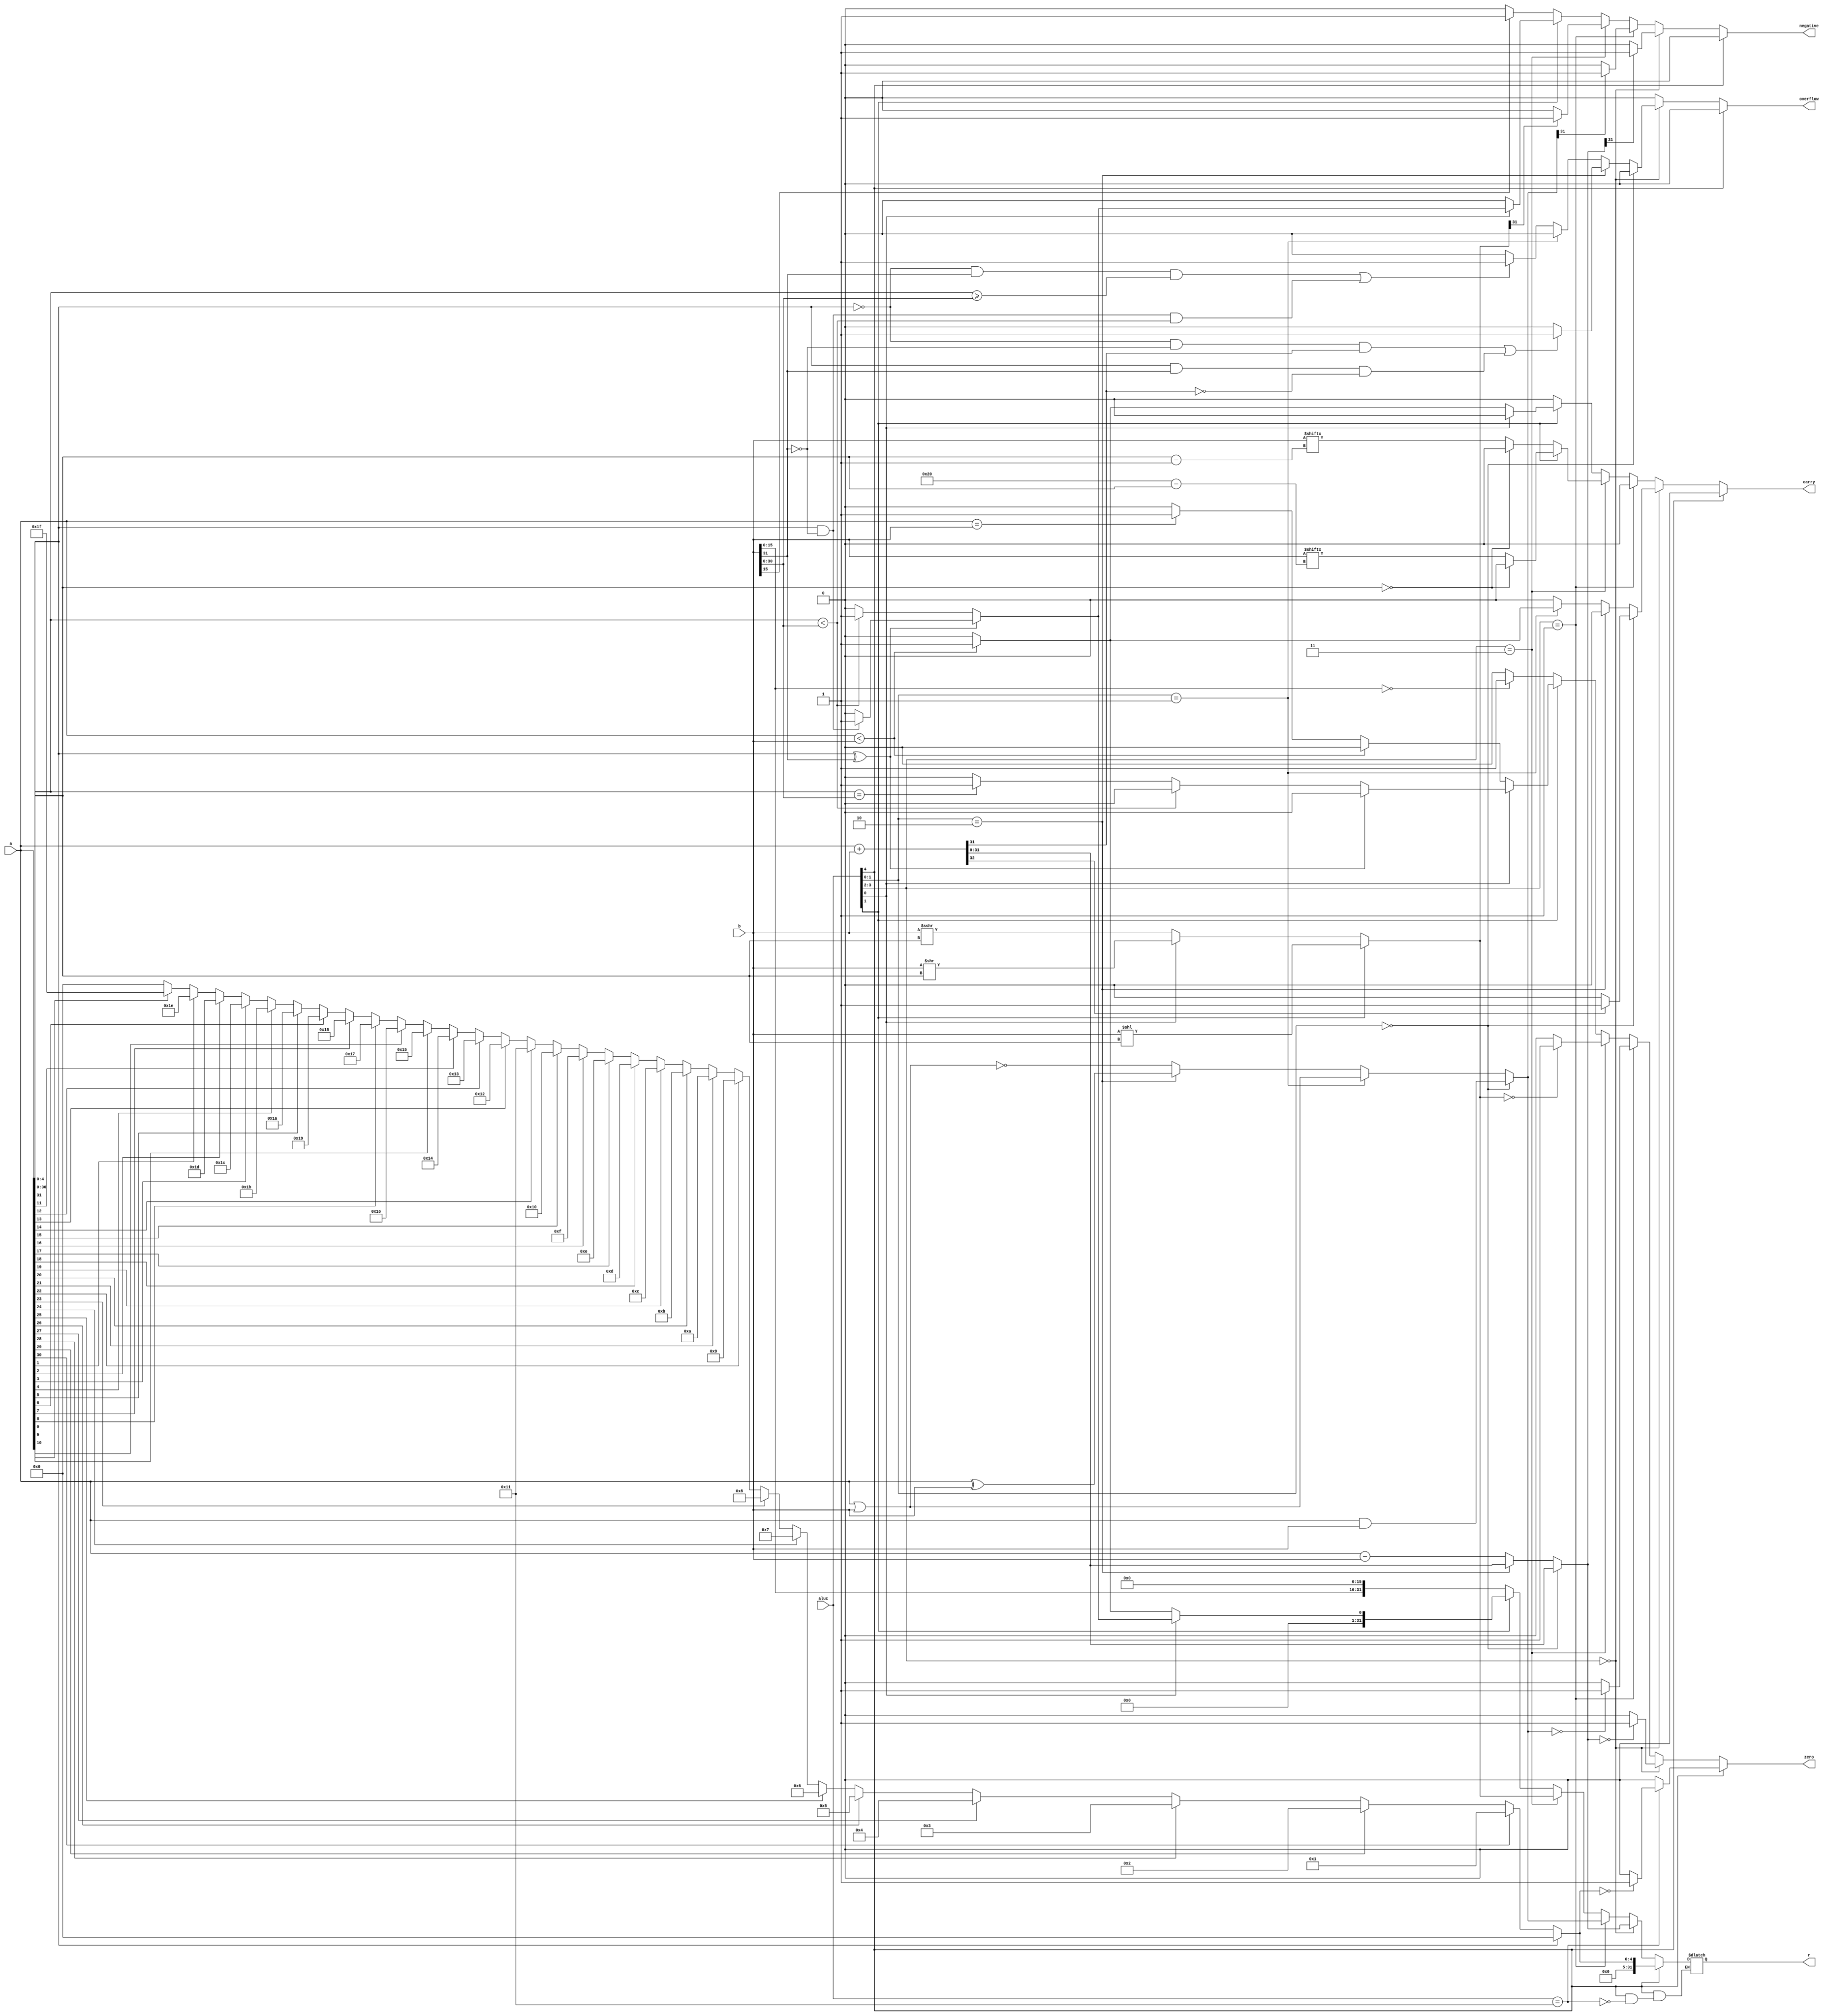
`timescale 1ns / 1ps
//////////////////////////////////////////////////////////////////////////////////
// Company: 
// Engineer: 
// 
// Design Name: 
// Module Name: alu
// Project Name: 
// Target Devices: 
// Tool Versions: 
// Description: 
// 
// Dependencies: 
// 
// Revision:
// Revision 0.01 - File Created
// Additional Comments:
// 
//////////////////////////////////////////////////////////////////////////////////


module alu(
    
    input [31:0] a,    //32  1 
    input signed [31:0] b,    //32  2 
    input [4:0] aluc, //4  alu  
    output reg [31:0] r,   //32  ab  aluc  
    output reg zero,        //0  
    output reg carry,       //  
    output reg negative,   //  
    output reg overflow   //  
); 
    reg [32:0]temp_data;
    reg [4:0]count;
    reg signed [32:0]SR_data;
     reg [4:0] tmp;
      integer i;
    
    
      
    always @(*)
    begin
    zero=0;
    carry=0;
    negative=0;
    overflow=0;
    if(aluc[4]==0) 
    begin
    if(aluc[3:2]==2'b00)//
      begin
      if(aluc[1:0]==2'b00)//
        begin
        temp_data=a+b;
        r=temp_data[31:0];
        if(temp_data[32]==1)
          carry=1;
        else
          carry=0;
        end
      else if(aluc[1:0]==2'b10)//
        begin
        temp_data=a+b;
        r=temp_data[31:0];
        if(a[31]==0&&b[31]==0&&temp_data[31]==1||a[31]==1&&b[31]==1&&temp_data[31]==0)       
          overflow=1;
        else
          overflow=0;
        end
      else if(aluc[1:0]==2'b01)//
        begin
        r=a-b;
        if(a<b)
          carry=1;
        else
          carry=0;
        end
      else//
        begin
        r=a-b;
        if(a[31]==0&&b[31]==1&&a[30:0]>=b[30:0]||a[31]==1&&b[31]==0&&a[30:0]<b[30:0])
          overflow=1;
        else
          overflow=0;
        end
      if(r==0)
        zero=1;
      else
        zero=0;
      if(r[31]==1)
        negative=1;
      else
        negative=0;
      end 
      
      
     
    else if(aluc[3:2]==2'b01)//
      begin
      if(aluc[1:0]==2'b00)//
        r=a&b;
      else if(aluc[1:0]==2'b01)//
        r=a|b;
      else if(aluc[1:0]==2'b10)//  
        r=a^b;
      else//
        r=~(a|b);
      if(r==0)
        zero=1;
      else
        zero=0;
      if(r[31]==1)
        negative=1;
      else
        negative=0;
      end
      
      
      
      
    else if(aluc[3:2]==2'b11)//
      begin
      if(aluc[1]==0)
        begin
        if(aluc[0]==0)//
          begin
          r=b>>>a[4:0];
          end
        else//
          begin
          r=b>>a[4:0];
          end
        if(a[4:0]==0)
          carry=0;
        else
          carry=b[a[4:0]-1];
        end
      else//
        begin
        r=b<<a[4:0];
        if(a[4:0]==0)
          carry=0;
        else
          carry=b[32-a[4:0]];
        end
      if(r==0)
        zero=1;
      else
        zero=0;
      if(r[31]==1)
        negative=1;
      else
        negative=0;
      end
    
    
    
    else//
      begin
      if(aluc[1]==0)//
        begin
        r={b[15:0],16'b0};
        if(r==0)
          zero=1;
        else
          zero=0;
        if(r[31]==1)
          negative=1;
        else
          negative=0;
        end  
      else
        begin
        if(aluc[0]==0)//
          begin
          if(a<b)
            begin
            r=1;
            carry=1;
            zero=0;
            end
          else 
            begin
            r=0;
            carry=0;
            if(a==b)
              zero=1;
            else
              zero=0;
            end
          if(r[31]==1)
            negative=1;
          else
            negative=0;
          end
        else//
          begin
          if(a[31]^b[31]==1)//ab
            begin
            if(a[31]==1&&b[31]==0)
              begin
              r=1;
              negative=1;
              zero=0;
              end
            else
              begin
              r=0;
              negative=0;
              zero=0;
              end
            end
          else//ab
            begin
            if(a[30:0]<b[30:0])
              begin
              r=1;
              negative=1;
              zero=0;
              end
            else
              begin
              r=0;
              negative=0;
              if(a[30:0]==b[30:0])
                zero=1;
              else
                zero=0;
              end
            end
          end
        end
      end  
      end
    
    else if(aluc==5'b10001)//clz
      begin
      if(a[31])
      tmp=0;
      else if(a[30])
      tmp=1;
      else if(a[29])
      tmp=2;
      else if(a[28])
      tmp=3;
      else if(a[27])
      tmp=4;
      else if(a[26])
      tmp=5;
      else if(a[25])
      tmp=6;
      else if(a[24])
      tmp=7;
      else if(a[23])
      tmp=8;
      else if(a[22])
      tmp=9;
      else if(a[21])
      tmp=10;
      else if(a[20])
      tmp=11;
      else if(a[19])
      tmp=12;
      else if(a[18])
      tmp=13;
      else if(a[17])
      tmp=14;
      else if(a[16])
      tmp=15;
      else if(a[15])
      tmp=16;
      else if(a[14])
      tmp=17;
      else if(a[13])
      tmp=18;
      else if(a[12])
      tmp=19;
      else if(a[11])
      tmp=20;
      else if(a[10])
      tmp=21;
      else if(a[9])
      tmp=22;
      else if(a[8])
      tmp=23;
      else if(a[7])
      tmp=24;
      else if(a[6])
      tmp=25;
      else if(a[5])
      tmp=26;
      else if(a[4])
      tmp=27;
      else if(a[3])
      tmp=28;
      else if(a[2])
      tmp=29;
      else if(a[1])
      tmp=30;
      else if(a[0])
      tmp=31;
      else
      tmp=32;
      r=tmp;
      if(tmp==0)
      zero=1;
      else
      zero=0;
      end
      end
    
endmodule